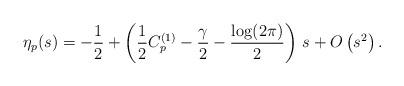
LaTeX: \begin{align*}\eta_{p}(s)=-\frac{1}{2}+\left(\frac{1}{2}C_{p}^{(1)}-\frac{\gamma}{2}-\frac{\log(2\pi)}{2}\right)\,s+O\left(s^{2}\right).\end{align*}